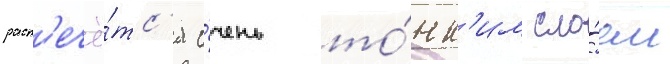
раст'ечё́тс'я о́чень то́нк'им сло́ем